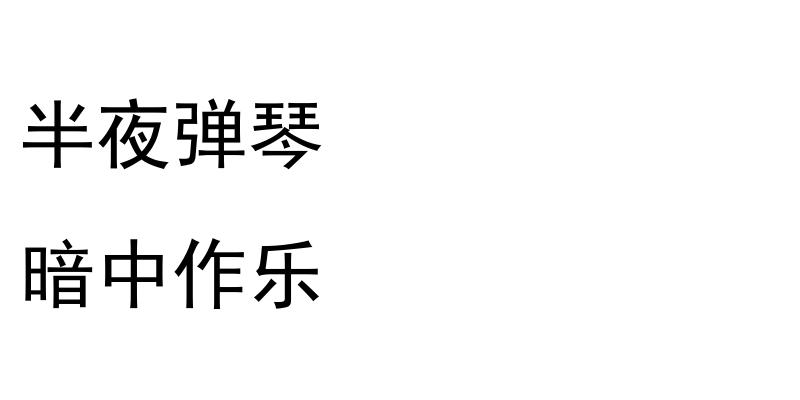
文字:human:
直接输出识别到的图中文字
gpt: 半夜弹琴 暗中作乐